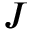
J